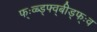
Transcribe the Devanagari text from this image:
फ्ःव्ब्ड्फ्व्बीड्फ्ःव